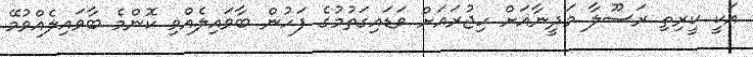
އަކީ ކީރިތި ރަސޫލާ މަދީނާއަށް ހިޖުރައަށް ވަޑައިގަތުމުގެ ފަހުން ބާވައިލެއްވި ކޮންމެ ބާވައިލެއްވުމޭ